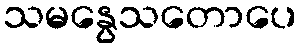
သမနွေသတောပေ